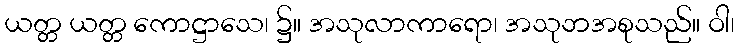
ယတ္တ ယတ္တ ကောဋ္ဌာသေ၊ ၌။ အသုလာကာရော၊ အသုဘအစုသည်။ ဝါ၊